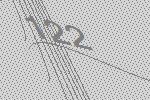
122